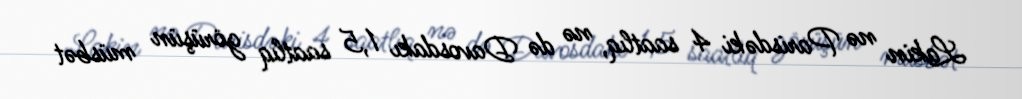
Lakin nə Parisdəki 4 saatlıq, nə də Davosdakı 1,5 saatlıq görüşün müsbət